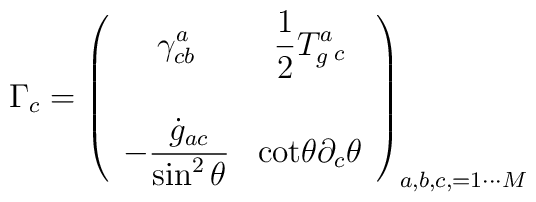
\Gamma_c=\left(\begin{array}{ccc}\displaystyle{\gamma^a_{cb}}& \displaystyle{{\frac{1}{2}T_g^a{_c}}}\\\\\displaystyle{-\frac{{\dot g}_{ac}}{\sin^2\theta}}&\displaystyle{\mbox{cot}\theta\partial_c\theta}\end{array}\right)_{a,b,c,=1\cdots M}